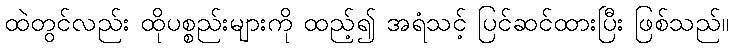
ထဲတွင်လည်း ထိုပစ္စည်းများကို ထည့်၍ အရံသင့် ပြင်ဆင်ထားပြီး ဖြစ်သည်။